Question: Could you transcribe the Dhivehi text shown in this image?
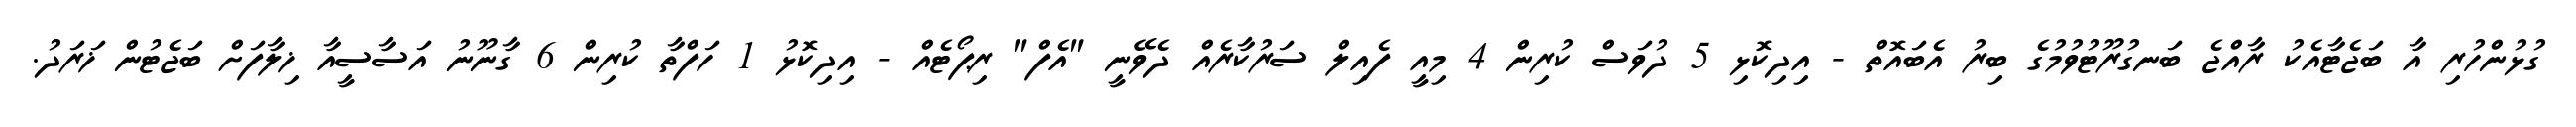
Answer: ގުޅުންހުރި އާ ބަޖެޓާއެކު ރާއްޖެ ބަނގުރޫޓުވުމުގެ ބިރު އެބައޮތް - އިދިކޮޅި 5 ދުވަސް ކުރިން 4 މިއީ ފެއިލް ސަރުކާރެއް ދެވޭނީ "އެފް" ރިޕޯޓެއް - އިދިކޮޅު 1 ހަފްތާ ކުރިން 6 ގާނޫނު އަސާސީއާ ޚިލާފަށް ބަޖެޓުން ޚަރަދު.